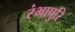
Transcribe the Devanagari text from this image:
रंभापुरि